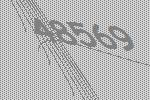
48569